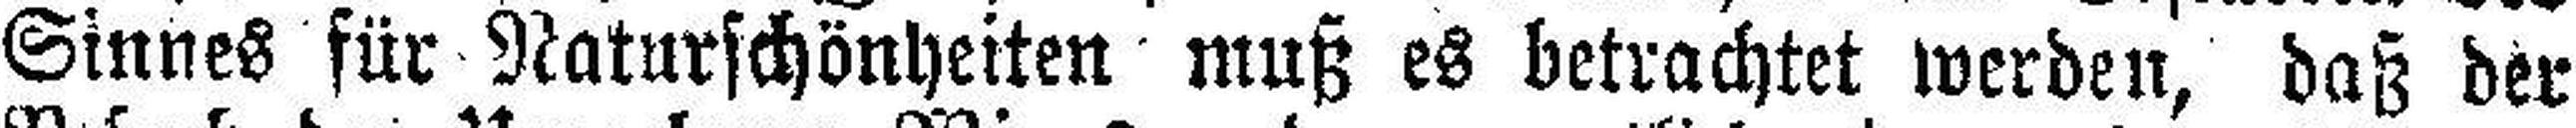
Sinnes für Naturschönheiten muß es betrachtet werden, daß der